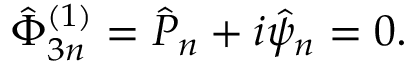
\hat { \Phi } _ { 3 n } ^ { ( 1 ) } = \hat { P } _ { n } + i \hat { \psi } _ { n } = 0 .